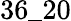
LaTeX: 36\_ 20